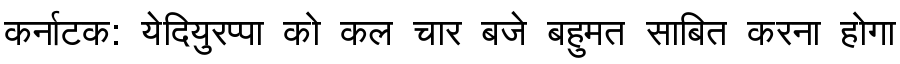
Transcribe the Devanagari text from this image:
कर्नाटक: येदियुरप्पा को कल चार बजे बहुमत साबित करना होगा